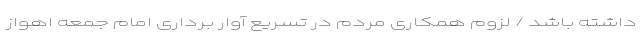
داشته باشد / لزوم همکاری مردم در تسریع آوار برداری امام جمعه اهواز